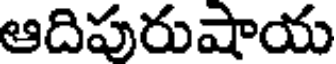
ఆదిపురుషాయ